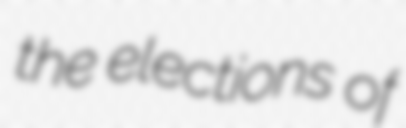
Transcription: the elections of